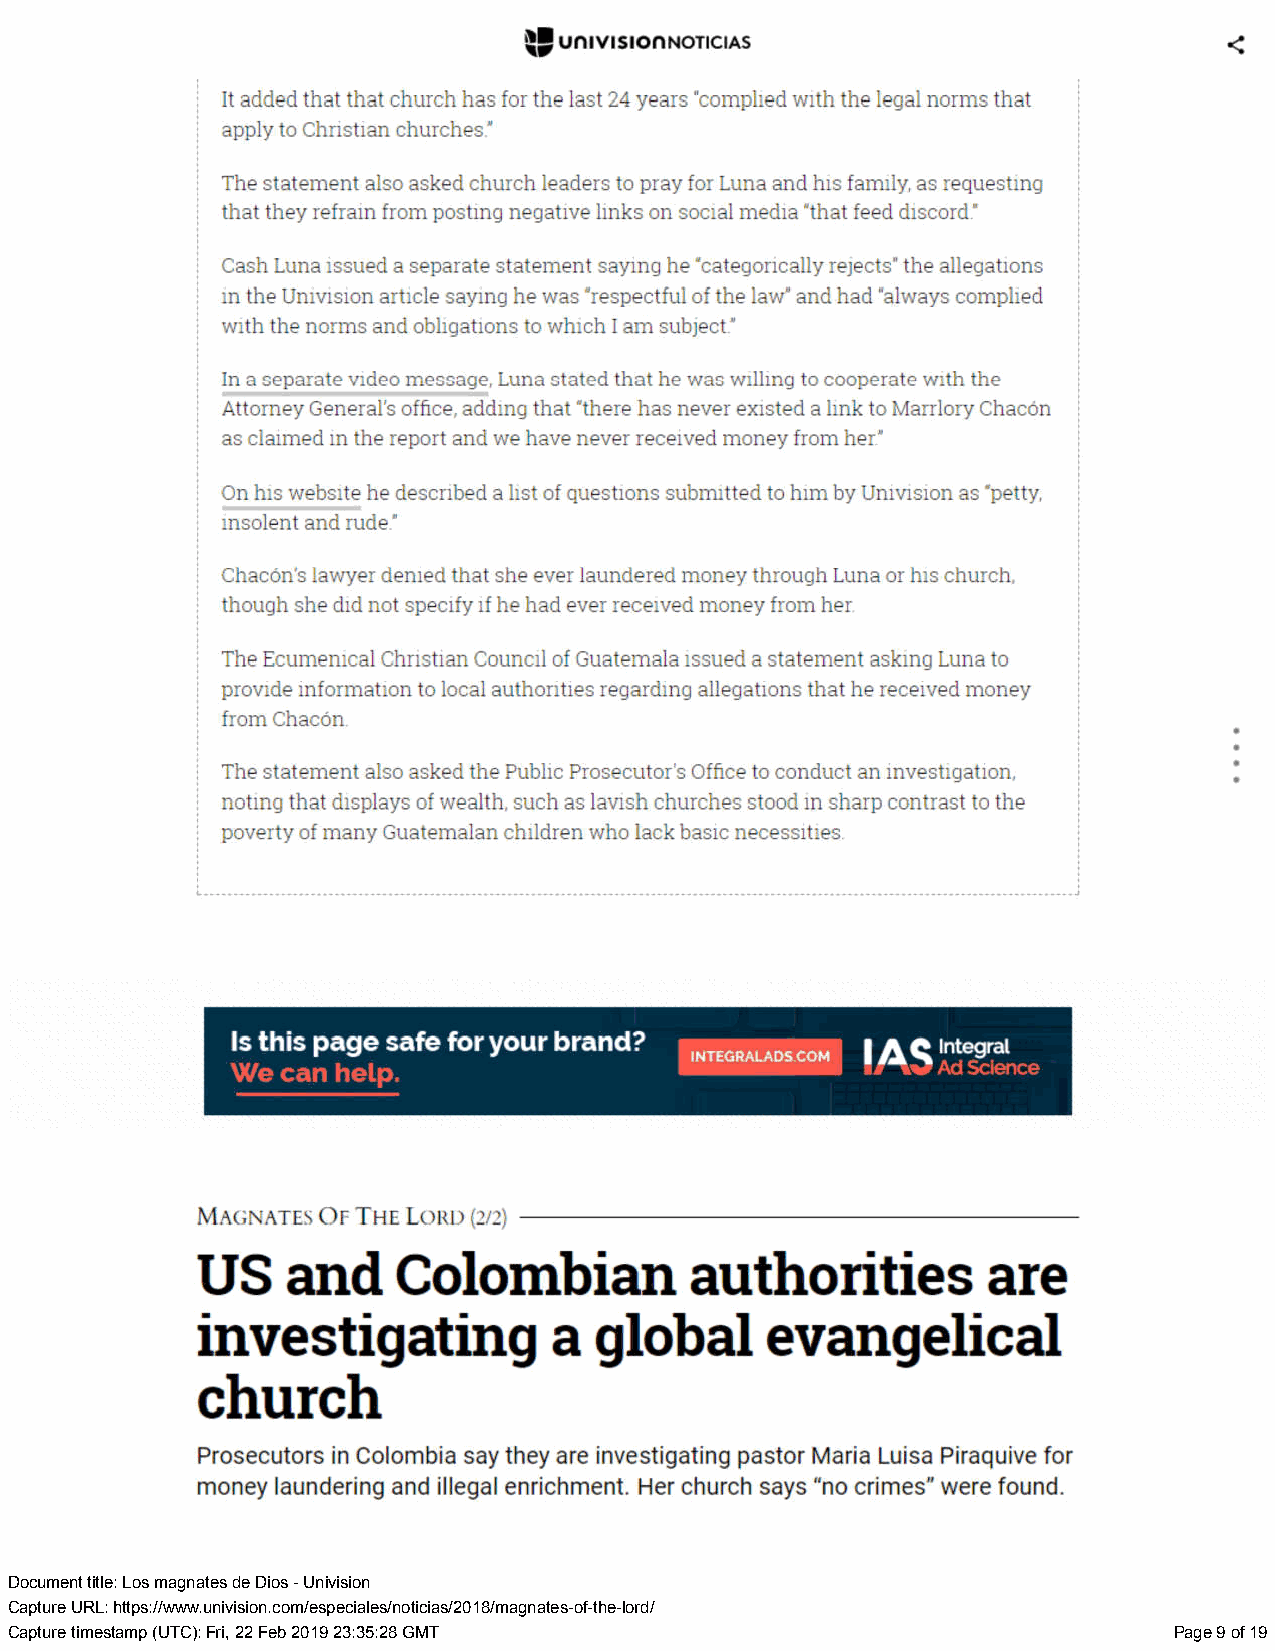
Document title: Los magnates de Dios - Univision
 Capture URL: https://www.univision.com/especiales/noticias/2018/magnates-of-the-lord/
 Capture timestamp (UTC): Fri, 22 Feb 2019 23:35:28 GMT                        Page 9 of 19